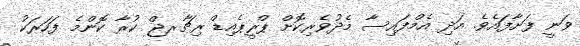
ވަނީ ފަށާފައެވެ. އަދި އެމްފައިސާ މެދުވެރިކޮށް ޕްރީޕެއިޑް ރިޗާރޖް ކުރާ ކޮންމެ ފަހަރަކު